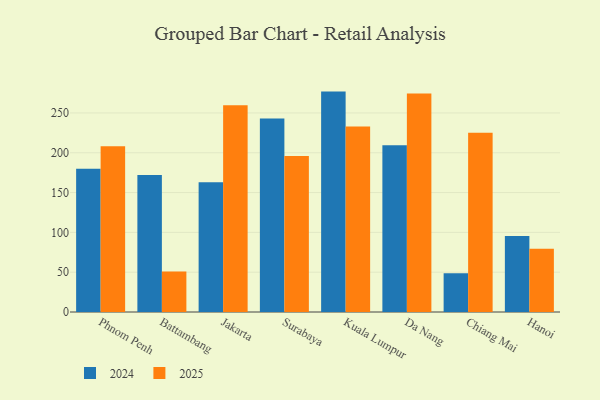
{"axis": {"x": "City", "y": "Latency (ms)"}, "legend": ["2024", "2025"], "data": [{"x": "Phnom Penh", "y": 180.0, "type": "2024"}, {"x": "Phnom Penh", "y": 208.1, "type": "2025"}, {"x": "Battambang", "y": 172.0, "type": "2024"}, {"x": "Battambang", "y": 50.8, "type": "2025"}, {"x": "Jakarta", "y": 162.9, "type": "2024"}, {"x": "Jakarta", "y": 259.8, "type": "2025"}, {"x": "Surabaya", "y": 242.9, "type": "2024"}, {"x": "Surabaya", "y": 195.9, "type": "2025"}, {"x": "Kuala Lumpur", "y": 276.8, "type": "2024"}, {"x": "Kuala Lumpur", "y": 233.1, "type": "2025"}, {"x": "Da Nang", "y": 209.3, "type": "2024"}, {"x": "Da Nang", "y": 274.5, "type": "2025"}, {"x": "Chiang Mai", "y": 48.8, "type": "2024"}, {"x": "Chiang Mai", "y": 225.0, "type": "2025"}, {"x": "Hanoi", "y": 95.4, "type": "2024"}, {"x": "Hanoi", "y": 79.4, "type": "2025"}]}